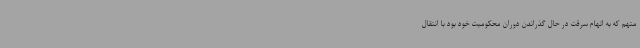
متهم که به اتهام سرقت در حال گذراندن دوران محکومیت خود بود با انتقال